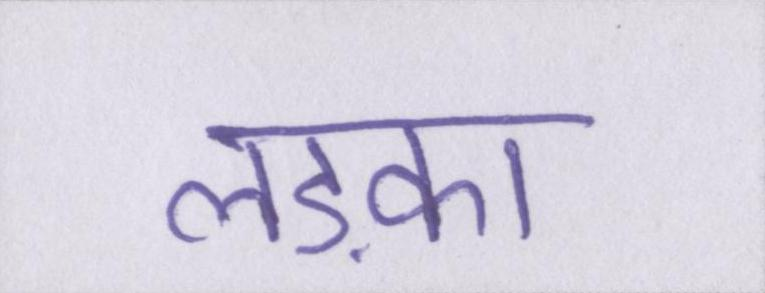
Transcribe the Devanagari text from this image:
लड़का